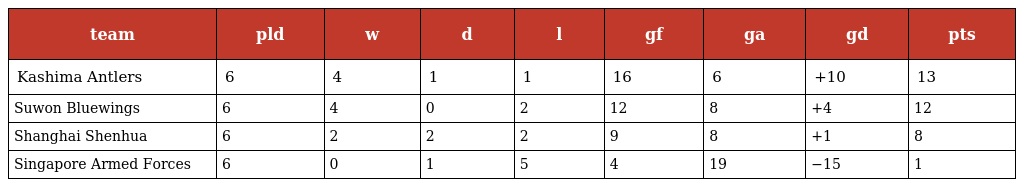
| team | pld | w | d | l | gf | ga | gd | pts |
 | --- | --- | --- | --- | --- | --- | --- | --- | --- |
 | Kashima Antlers | 6 | 4 | 1 | 1 | 16 | 6 | +10 | 13 |
 | Suwon Bluewings | 6 | 4 | 0 | 2 | 12 | 8 | +4 | 12 |
 | Shanghai Shenhua | 6 | 2 | 2 | 2 | 9 | 8 | +1 | 8 |
 | Singapore Armed Forces | 6 | 0 | 1 | 5 | 4 | 19 | −15 | 1 |